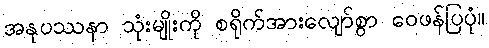
အနုပဿနာ သုံးမျိုးကို စရိုက်အားလျော်စွာ ဝေဖန်ပြပုံ။